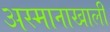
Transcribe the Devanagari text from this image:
अस्मानाखाली